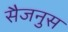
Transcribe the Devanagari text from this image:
सैजनुस